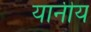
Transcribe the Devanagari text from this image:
यानीय